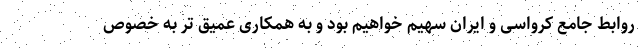
روابط جامع کرواسی و ایران سهیم خواهیم بود و به همکاری عمیق تر به خصوص